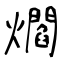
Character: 爓